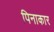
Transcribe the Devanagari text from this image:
पिनाकार